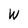
Character: W